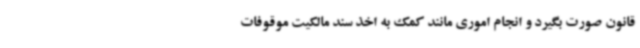
قانون صورت بگیرد و انجام اموری مانند کمک به اخذ سند مالکیت موقوفات